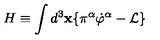
H \equiv \int d ^ { 3 } \mathbf { x \{ } \pi ^ { \alpha } \dot { \varphi } ^ { \alpha } - \mathcal { L \} }